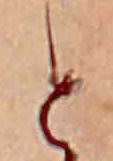
と